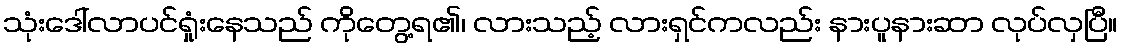
သုံးဒေါ်လာပင်ရှုံးနေသည် ကိုတွေ့ရ၏၊ လားသည့် လားရှင်ကလည်း နားပူနားဆာ လုပ်လှပြီ။